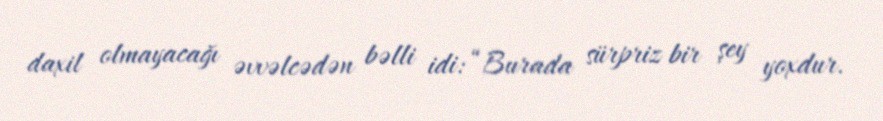
daxil olmayacağı əvvəlcədən bəlli idi: “Burada sürpriz bir şey yoxdur.